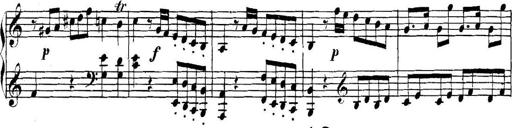
Title: Collected Piano Sonatas
Composer: Muzio Clementi